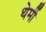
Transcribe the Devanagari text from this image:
थेर्मी